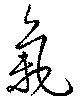
氣